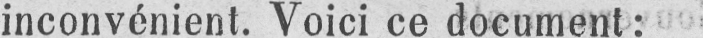
inconvénient. Voici ce document: